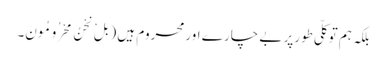
بلکہ ہم توکلّی طورپر بے چار ے اورمحروم ہیں ( بَلْ نَحْنُ مَحْرُومُونَ۔